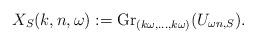
LaTeX: \begin{align*}X_S(k,n,\omega) := {\rm Gr}_{(k\omega,\dots,k\omega)}(U_{\omega n,S}).\end{align*}